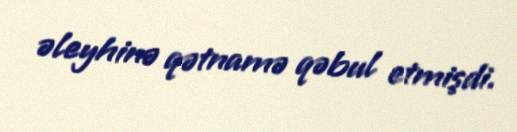
əleyhinə qətnamə qəbul etmişdi.